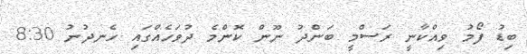
ބިޑު ފޯމު ވިއްކާނީ ރަސްމީ ބަންދު ނޫން ކޮންމެ ދުވަހެއްގައި ހެނދުނު 8:30